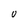
Character: v